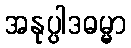
အနုပ္ပါဒဓမ္မာ